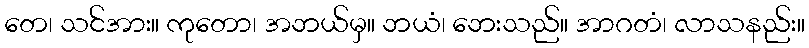
တေ၊ သင်အား။ ကုတော၊ အဘယ်မှ။ ဘယံ၊ ဘေးသည်။ အာဂတံ၊ လာသနည်း။